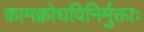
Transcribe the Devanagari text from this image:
कामक्रोधविनिर्मुक्ताः